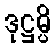
ဒုဋ္ဌမ္ပိ